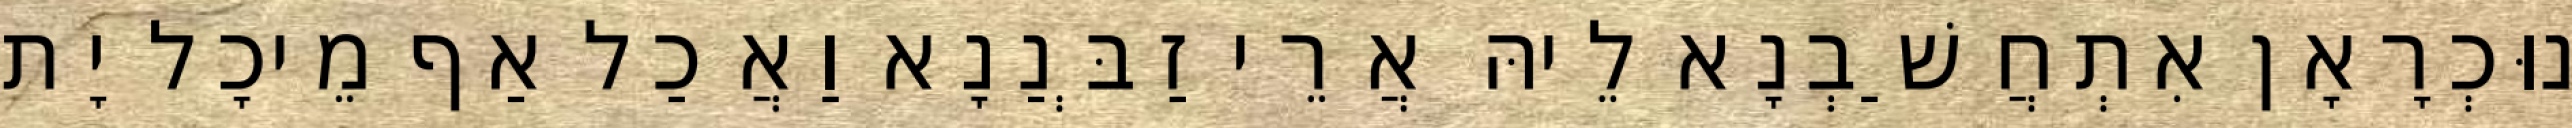
נוּכְרָאָן אִתְחֲשַׁבְנָא לֵיהּ אֲרֵי זַבְּנַנָא וַאֲכַל אַף מֵיכָל יָת